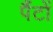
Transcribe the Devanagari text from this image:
पैंटों